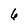
Character: 6